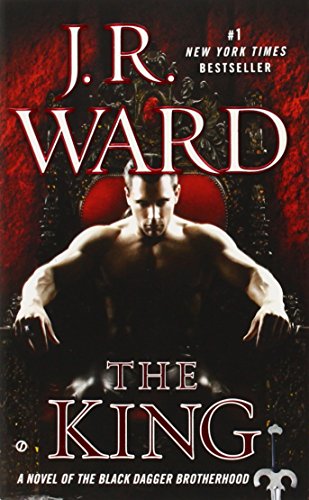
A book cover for The King: A Novel of the Black Dagger Brotherhood; J.R. Ward; Romance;